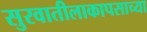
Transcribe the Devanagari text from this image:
सुरवातीलाकापसाच्या